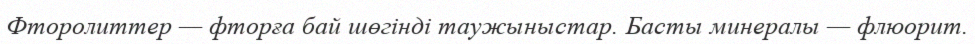
Фторолиттер — фторға бай шөгінді таужыныстар. Басты минералы — флюорит.